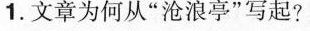
1.文章为何从“沧浪亭”写起?